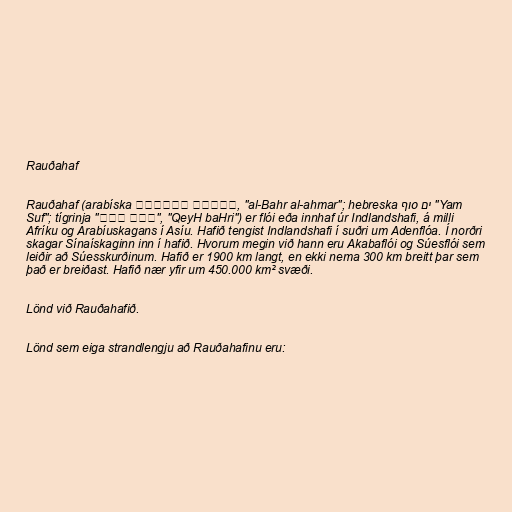
Rauðahaf

Rauðahaf (arabíska البحر الأحمر, "al-Bahr al-ahmar"; hebreska ים סוף "Yam
Suf"; tígrinja "ቀይሕ ባሕሪ", "QeyH baHri") er flói eða innhaf úr Indlandshafi, á milli
Afríku og Arabíuskagans í Asíu. Hafið tengist Indlandshafi í suðri um Adenflóa. Í norðri
skagar Sínaískaginn inn í hafið. Hvorum megin við hann eru Akabaflói og Súesflói sem
leiðir að Súesskurðinum. Hafið er 1900 km langt, en ekki nema 300 km breitt þar sem
það er breiðast. Hafið nær yfir um 450.000 km² svæði.

Lönd við Rauðahafið.

Lönd sem eiga strandlengju að Rauðahafinu eru: